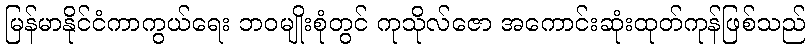
မြန်မာနိုင်ငံကာကွယ်ရေး ဘဝမျိုးစုံတွင် ကုသိုလ်ဇော အကောင်းဆုံးထုတ်ကုန်ဖြစ်သည်